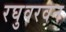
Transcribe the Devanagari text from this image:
रघुवरवन